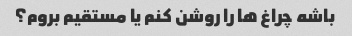
باشه چراغ ها را روشن کنم یا مستقیم بروم؟